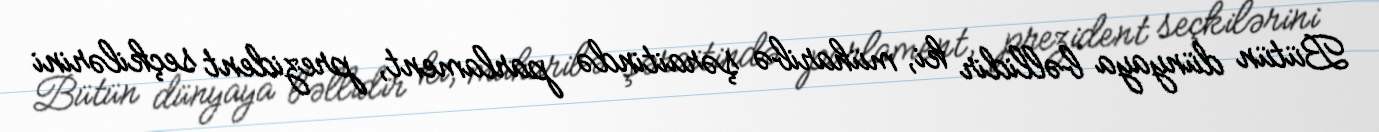
Bütün dünyaya bəllidir ki, müharibə şəraitində parlament, prezident seçkilərini